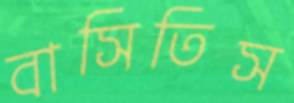
বাসিতিস